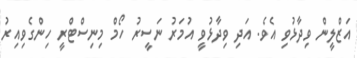
އަޒްލީން ވިދާޅުވި އެވެ. އަދި ވިދާޅުވީ އުމަރު ނަސީރު ހޯމް މިނިސްޓްރީ ހިންގެވިއިރު